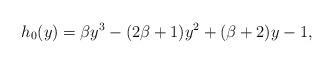
LaTeX: \begin{align*}h_{0}(y)=\beta y^{3}-(2\beta +1)y^{2}+(\beta +2)y - 1,\end{align*}